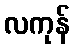
လကုန်